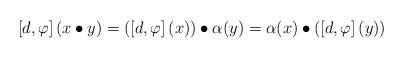
LaTeX: \begin{align*}\left[d,\varphi\right](x\bullet y)=(\left[d, \varphi\right](x))\bullet\alpha(y)=\alpha(x)\bullet(\left[d,\varphi\right](y))\end{align*}